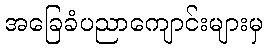
အခြေခံပညာကျောင်းများမှ